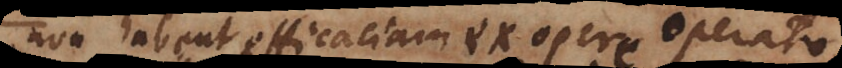
non habent efficaciam ex opere operato,